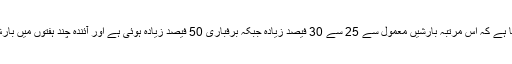
چیف میٹرولوجسٹ ڈاکٹر حنیف کا اس حوالے سے کہنا ہے کہ اس مرتبہ بارشیں معمول سے 25 سے 30 فیصد زیادہ جبکہ برفباری 50 فیصد زیادہ ہوئی ہے اور آئندہ چند ہفتوں میں بارش اور برفباری کے مزید 3 سے 5 سلسلے متوقع ہیں۔